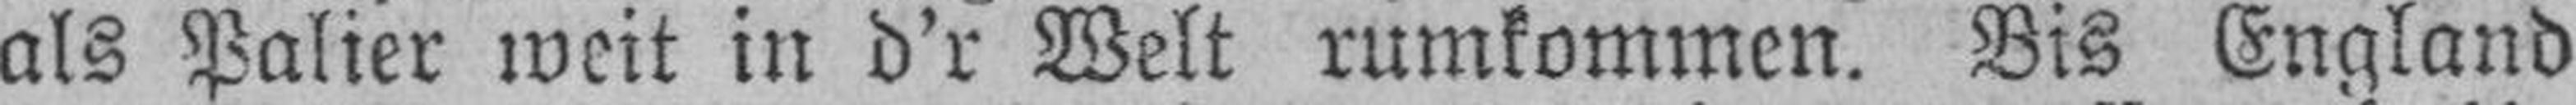
als Palier weit in d’r Welt rumkommen. Bis England